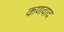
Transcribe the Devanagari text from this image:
कणवाद